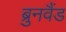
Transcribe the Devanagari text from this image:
ब्रुनवैंड